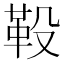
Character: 䩔